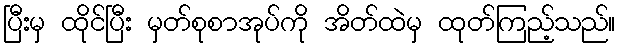
ပြီးမှ ထိုင်ပြီး မှတ်စုစာအုပ်ကို အိတ်ထဲမှ ထုတ်ကြည့်သည်။